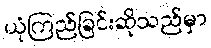
ယုံကြည်ခြင်းဆိုသည်မှာ